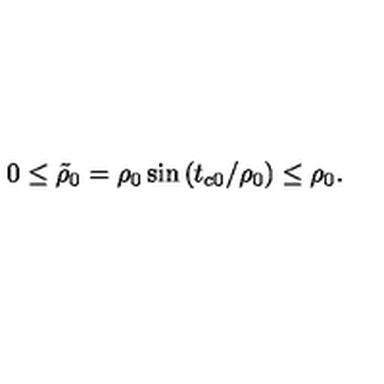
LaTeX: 0 \leq \tilde { \rho } _ { 0 } = \rho _ { 0 } \sin \left( t _ { c 0 } / \rho _ { 0 } \right) \leq \rho _ { 0 } .